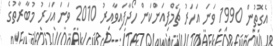
އެގޮތުން 1990 ވަނަ އަހަރު ޗެމްޕިއަންކަން ހޯދާފައިވާއިރު 2010 ވަނަ އަހަރު މުބާރާތުގެ